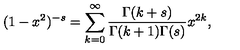
( 1 - x ^ { 2 } ) ^ { - s } = \sum _ { k = 0 } ^ { \infty } { \frac { \Gamma ( k + s ) } { \Gamma ( k + 1 ) \Gamma ( s ) } } x ^ { 2 k } ,